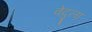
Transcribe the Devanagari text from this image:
वेदुला